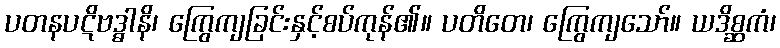
ပတနပဋိဗဒ္ဓါနိ၊ ကြွေကျခြင်းနှင့်စပ်ကုန်၏။ ပတိတေ၊ ကြွေကျသော်။ ယဒိစ္ဆကံ၊